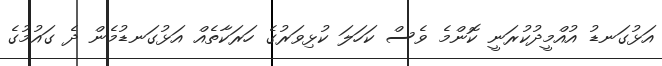
އަޅުގަނޑު އުއްމީދުކުރަނީ ކޮންމެ ވެސް ކަހަލަ ކުޅިވަރުގެ ހަރަކާތެއް އަޅުގަނޑުމެން ދެ ގައުމުގެ